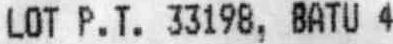
LOT P.T. 33198, BATU 4